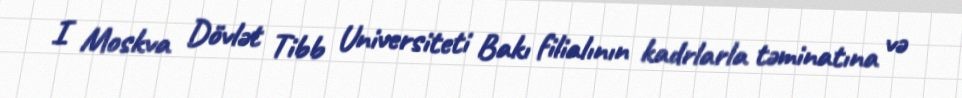
I Moskva Dövlət Tibb Universiteti Bakı filialının kadrlarla təminatına və